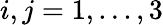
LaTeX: i,j=1,...,3